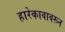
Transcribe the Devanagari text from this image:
हारेकावावरून